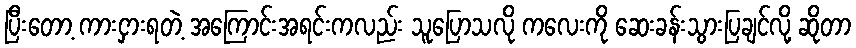
ပြီးတော့ ကားငှားရတဲ့ အကြောင်းအရင်းကလည်း သူပြောသလို ကလေးကို ဆေးခန်းသွားပြချင်လို့ ဆိုတာ